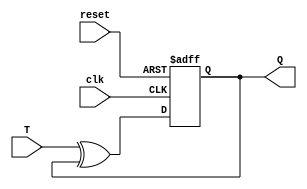
module t_ff (
  input wire clk,  // clock input
  input wire reset,  // synchronous reset input
  input wire T,  // T input for toggling
  output wire Q  // output of the T flip-flop
);

  reg current_state, next_state;

  // D flip-flop
  assign next_state = T ^ current_state;  // XOR gate for toggling
  always @(posedge clk or posedge reset)
  begin
    if (reset)
      current_state <= 1'b0;
    else
      current_state <= next_state;
  end

  assign Q = current_state;

endmodule